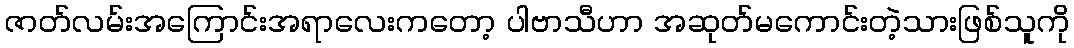
ဇာတ်လမ်းအကြောင်းအရာလေးကတော့ ပါဗာသီဟာ အဆုတ်မကောင်းတဲ့သားဖြစ်သူကို